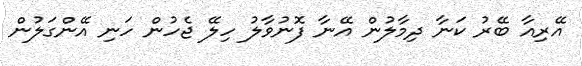
އޭރިއާ ބޭރު ކަނާ ދިމާލުން އޭނާ ފޮނުވާލު ހިލޭ ޖެހުން ހަނި އޭންގަލުން